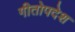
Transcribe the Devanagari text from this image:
गीतोपदेश